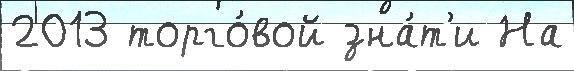
2013 торго́вой зна́т'и На